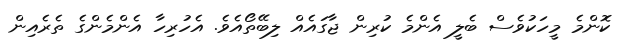
ކޮންމެ މީހަކުވެސް ބެލީ އެންމެ ކުރިން ޖާގައެއް ލިބޭތޯއެވެ. އެހުރިހާ އެންމެންގެ ތެރެއިން